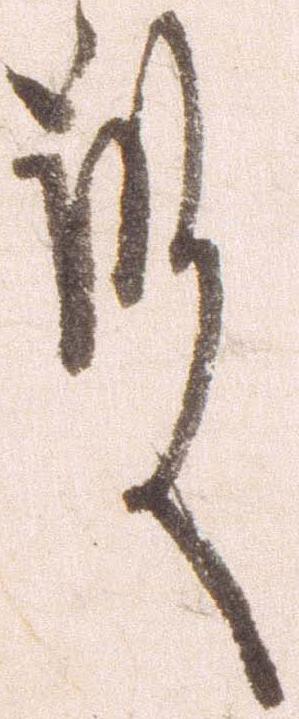
殿